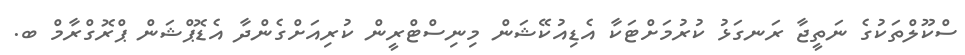
ސްކޫލްތަކުގެ ނަތީޖާ ރަނގަޅު ކުރުމަށްޓަކާ އެޑިއުކޭޝަން މިނިސްޓްރީން ކުރިއަށްގެންދާ އެޑޮޕްޝަން ޕްރޮގްރާމް ބ.